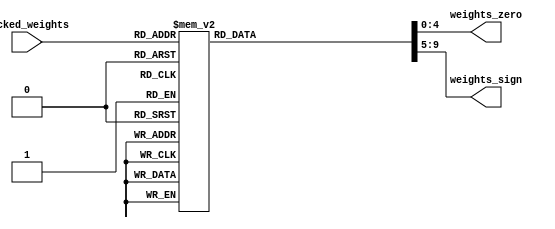
module weights(input      [7:0] packed_weights,
                              output reg [4:0] weights_zero,
                              output reg [4:0] weights_sign);
    always @(*) begin
        case(packed_weights)
        8'd000: begin weights_zero = 5'b11111; weights_sign = 5'b00000; end //   0  0  0  0  0
        8'd001: begin weights_zero = 5'b01111; weights_sign = 5'b00000; end //   0  0  0  0  1
        8'd002: begin weights_zero = 5'b01111; weights_sign = 5'b10000; end //   0  0  0  0 -1
        8'd003: begin weights_zero = 5'b10111; weights_sign = 5'b00000; end //   0  0  0  1  0
        8'd004: begin weights_zero = 5'b00111; weights_sign = 5'b00000; end //   0  0  0  1  1
        8'd005: begin weights_zero = 5'b00111; weights_sign = 5'b10000; end //   0  0  0  1 -1
        8'd006: begin weights_zero = 5'b10111; weights_sign = 5'b01000; end //   0  0  0 -1  0
        8'd007: begin weights_zero = 5'b00111; weights_sign = 5'b01000; end //   0  0  0 -1  1
        8'd008: begin weights_zero = 5'b00111; weights_sign = 5'b11000; end //   0  0  0 -1 -1
        8'd009: begin weights_zero = 5'b11011; weights_sign = 5'b00000; end //   0  0  1  0  0
        8'd010: begin weights_zero = 5'b01011; weights_sign = 5'b00000; end //   0  0  1  0  1
        8'd011: begin weights_zero = 5'b01011; weights_sign = 5'b10000; end //   0  0  1  0 -1
        8'd012: begin weights_zero = 5'b10011; weights_sign = 5'b00000; end //   0  0  1  1  0
        8'd013: begin weights_zero = 5'b00011; weights_sign = 5'b00000; end //   0  0  1  1  1
        8'd014: begin weights_zero = 5'b00011; weights_sign = 5'b10000; end //   0  0  1  1 -1
        8'd015: begin weights_zero = 5'b10011; weights_sign = 5'b01000; end //   0  0  1 -1  0
        8'd016: begin weights_zero = 5'b00011; weights_sign = 5'b01000; end //   0  0  1 -1  1
        8'd017: begin weights_zero = 5'b00011; weights_sign = 5'b11000; end //   0  0  1 -1 -1
        8'd018: begin weights_zero = 5'b11011; weights_sign = 5'b00100; end //   0  0 -1  0  0
        8'd019: begin weights_zero = 5'b01011; weights_sign = 5'b00100; end //   0  0 -1  0  1
        8'd020: begin weights_zero = 5'b01011; weights_sign = 5'b10100; end //   0  0 -1  0 -1
        8'd021: begin weights_zero = 5'b10011; weights_sign = 5'b00100; end //   0  0 -1  1  0
        8'd022: begin weights_zero = 5'b00011; weights_sign = 5'b00100; end //   0  0 -1  1  1
        8'd023: begin weights_zero = 5'b00011; weights_sign = 5'b10100; end //   0  0 -1  1 -1
        8'd024: begin weights_zero = 5'b10011; weights_sign = 5'b01100; end //   0  0 -1 -1  0
        8'd025: begin weights_zero = 5'b00011; weights_sign = 5'b01100; end //   0  0 -1 -1  1
        8'd026: begin weights_zero = 5'b00011; weights_sign = 5'b11100; end //   0  0 -1 -1 -1
        8'd027: begin weights_zero = 5'b11101; weights_sign = 5'b00000; end //   0  1  0  0  0
        8'd028: begin weights_zero = 5'b01101; weights_sign = 5'b00000; end //   0  1  0  0  1
        8'd029: begin weights_zero = 5'b01101; weights_sign = 5'b10000; end //   0  1  0  0 -1
        8'd030: begin weights_zero = 5'b10101; weights_sign = 5'b00000; end //   0  1  0  1  0
        8'd031: begin weights_zero = 5'b00101; weights_sign = 5'b00000; end //   0  1  0  1  1
        8'd032: begin weights_zero = 5'b00101; weights_sign = 5'b10000; end //   0  1  0  1 -1
        8'd033: begin weights_zero = 5'b10101; weights_sign = 5'b01000; end //   0  1  0 -1  0
        8'd034: begin weights_zero = 5'b00101; weights_sign = 5'b01000; end //   0  1  0 -1  1
        8'd035: begin weights_zero = 5'b00101; weights_sign = 5'b11000; end //   0  1  0 -1 -1
        8'd036: begin weights_zero = 5'b11001; weights_sign = 5'b00000; end //   0  1  1  0  0
        8'd037: begin weights_zero = 5'b01001; weights_sign = 5'b00000; end //   0  1  1  0  1
        8'd038: begin weights_zero = 5'b01001; weights_sign = 5'b10000; end //   0  1  1  0 -1
        8'd039: begin weights_zero = 5'b10001; weights_sign = 5'b00000; end //   0  1  1  1  0
        8'd040: begin weights_zero = 5'b00001; weights_sign = 5'b00000; end //   0  1  1  1  1
        8'd041: begin weights_zero = 5'b00001; weights_sign = 5'b10000; end //   0  1  1  1 -1
        8'd042: begin weights_zero = 5'b10001; weights_sign = 5'b01000; end //   0  1  1 -1  0
        8'd043: begin weights_zero = 5'b00001; weights_sign = 5'b01000; end //   0  1  1 -1  1
        8'd044: begin weights_zero = 5'b00001; weights_sign = 5'b11000; end //   0  1  1 -1 -1
        8'd045: begin weights_zero = 5'b11001; weights_sign = 5'b00100; end //   0  1 -1  0  0
        8'd046: begin weights_zero = 5'b01001; weights_sign = 5'b00100; end //   0  1 -1  0  1
        8'd047: begin weights_zero = 5'b01001; weights_sign = 5'b10100; end //   0  1 -1  0 -1
        8'd048: begin weights_zero = 5'b10001; weights_sign = 5'b00100; end //   0  1 -1  1  0
        8'd049: begin weights_zero = 5'b00001; weights_sign = 5'b00100; end //   0  1 -1  1  1
        8'd050: begin weights_zero = 5'b00001; weights_sign = 5'b10100; end //   0  1 -1  1 -1
        8'd051: begin weights_zero = 5'b10001; weights_sign = 5'b01100; end //   0  1 -1 -1  0
        8'd052: begin weights_zero = 5'b00001; weights_sign = 5'b01100; end //   0  1 -1 -1  1
        8'd053: begin weights_zero = 5'b00001; weights_sign = 5'b11100; end //   0  1 -1 -1 -1
        8'd054: begin weights_zero = 5'b11101; weights_sign = 5'b00010; end //   0 -1  0  0  0
        8'd055: begin weights_zero = 5'b01101; weights_sign = 5'b00010; end //   0 -1  0  0  1
        8'd056: begin weights_zero = 5'b01101; weights_sign = 5'b10010; end //   0 -1  0  0 -1
        8'd057: begin weights_zero = 5'b10101; weights_sign = 5'b00010; end //   0 -1  0  1  0
        8'd058: begin weights_zero = 5'b00101; weights_sign = 5'b00010; end //   0 -1  0  1  1
        8'd059: begin weights_zero = 5'b00101; weights_sign = 5'b10010; end //   0 -1  0  1 -1
        8'd060: begin weights_zero = 5'b10101; weights_sign = 5'b01010; end //   0 -1  0 -1  0
        8'd061: begin weights_zero = 5'b00101; weights_sign = 5'b01010; end //   0 -1  0 -1  1
        8'd062: begin weights_zero = 5'b00101; weights_sign = 5'b11010; end //   0 -1  0 -1 -1
        8'd063: begin weights_zero = 5'b11001; weights_sign = 5'b00010; end //   0 -1  1  0  0
        8'd064: begin weights_zero = 5'b01001; weights_sign = 5'b00010; end //   0 -1  1  0  1
        8'd065: begin weights_zero = 5'b01001; weights_sign = 5'b10010; end //   0 -1  1  0 -1
        8'd066: begin weights_zero = 5'b10001; weights_sign = 5'b00010; end //   0 -1  1  1  0
        8'd067: begin weights_zero = 5'b00001; weights_sign = 5'b00010; end //   0 -1  1  1  1
        8'd068: begin weights_zero = 5'b00001; weights_sign = 5'b10010; end //   0 -1  1  1 -1
        8'd069: begin weights_zero = 5'b10001; weights_sign = 5'b01010; end //   0 -1  1 -1  0
        8'd070: begin weights_zero = 5'b00001; weights_sign = 5'b01010; end //   0 -1  1 -1  1
        8'd071: begin weights_zero = 5'b00001; weights_sign = 5'b11010; end //   0 -1  1 -1 -1
        8'd072: begin weights_zero = 5'b11001; weights_sign = 5'b00110; end //   0 -1 -1  0  0
        8'd073: begin weights_zero = 5'b01001; weights_sign = 5'b00110; end //   0 -1 -1  0  1
        8'd074: begin weights_zero = 5'b01001; weights_sign = 5'b10110; end //   0 -1 -1  0 -1
        8'd075: begin weights_zero = 5'b10001; weights_sign = 5'b00110; end //   0 -1 -1  1  0
        8'd076: begin weights_zero = 5'b00001; weights_sign = 5'b00110; end //   0 -1 -1  1  1
        8'd077: begin weights_zero = 5'b00001; weights_sign = 5'b10110; end //   0 -1 -1  1 -1
        8'd078: begin weights_zero = 5'b10001; weights_sign = 5'b01110; end //   0 -1 -1 -1  0
        8'd079: begin weights_zero = 5'b00001; weights_sign = 5'b01110; end //   0 -1 -1 -1  1
        8'd080: begin weights_zero = 5'b00001; weights_sign = 5'b11110; end //   0 -1 -1 -1 -1
        8'd081: begin weights_zero = 5'b11110; weights_sign = 5'b00000; end //   1  0  0  0  0
        8'd082: begin weights_zero = 5'b01110; weights_sign = 5'b00000; end //   1  0  0  0  1
        8'd083: begin weights_zero = 5'b01110; weights_sign = 5'b10000; end //   1  0  0  0 -1
        8'd084: begin weights_zero = 5'b10110; weights_sign = 5'b00000; end //   1  0  0  1  0
        8'd085: begin weights_zero = 5'b00110; weights_sign = 5'b00000; end //   1  0  0  1  1
        8'd086: begin weights_zero = 5'b00110; weights_sign = 5'b10000; end //   1  0  0  1 -1
        8'd087: begin weights_zero = 5'b10110; weights_sign = 5'b01000; end //   1  0  0 -1  0
        8'd088: begin weights_zero = 5'b00110; weights_sign = 5'b01000; end //   1  0  0 -1  1
        8'd089: begin weights_zero = 5'b00110; weights_sign = 5'b11000; end //   1  0  0 -1 -1
        8'd090: begin weights_zero = 5'b11010; weights_sign = 5'b00000; end //   1  0  1  0  0
        8'd091: begin weights_zero = 5'b01010; weights_sign = 5'b00000; end //   1  0  1  0  1
        8'd092: begin weights_zero = 5'b01010; weights_sign = 5'b10000; end //   1  0  1  0 -1
        8'd093: begin weights_zero = 5'b10010; weights_sign = 5'b00000; end //   1  0  1  1  0
        8'd094: begin weights_zero = 5'b00010; weights_sign = 5'b00000; end //   1  0  1  1  1
        8'd095: begin weights_zero = 5'b00010; weights_sign = 5'b10000; end //   1  0  1  1 -1
        8'd096: begin weights_zero = 5'b10010; weights_sign = 5'b01000; end //   1  0  1 -1  0
        8'd097: begin weights_zero = 5'b00010; weights_sign = 5'b01000; end //   1  0  1 -1  1
        8'd098: begin weights_zero = 5'b00010; weights_sign = 5'b11000; end //   1  0  1 -1 -1
        8'd099: begin weights_zero = 5'b11010; weights_sign = 5'b00100; end //   1  0 -1  0  0
        8'd100: begin weights_zero = 5'b01010; weights_sign = 5'b00100; end //   1  0 -1  0  1
        8'd101: begin weights_zero = 5'b01010; weights_sign = 5'b10100; end //   1  0 -1  0 -1
        8'd102: begin weights_zero = 5'b10010; weights_sign = 5'b00100; end //   1  0 -1  1  0
        8'd103: begin weights_zero = 5'b00010; weights_sign = 5'b00100; end //   1  0 -1  1  1
        8'd104: begin weights_zero = 5'b00010; weights_sign = 5'b10100; end //   1  0 -1  1 -1
        8'd105: begin weights_zero = 5'b10010; weights_sign = 5'b01100; end //   1  0 -1 -1  0
        8'd106: begin weights_zero = 5'b00010; weights_sign = 5'b01100; end //   1  0 -1 -1  1
        8'd107: begin weights_zero = 5'b00010; weights_sign = 5'b11100; end //   1  0 -1 -1 -1
        8'd108: begin weights_zero = 5'b11100; weights_sign = 5'b00000; end //   1  1  0  0  0
        8'd109: begin weights_zero = 5'b01100; weights_sign = 5'b00000; end //   1  1  0  0  1
        8'd110: begin weights_zero = 5'b01100; weights_sign = 5'b10000; end //   1  1  0  0 -1
        8'd111: begin weights_zero = 5'b10100; weights_sign = 5'b00000; end //   1  1  0  1  0
        8'd112: begin weights_zero = 5'b00100; weights_sign = 5'b00000; end //   1  1  0  1  1
        8'd113: begin weights_zero = 5'b00100; weights_sign = 5'b10000; end //   1  1  0  1 -1
        8'd114: begin weights_zero = 5'b10100; weights_sign = 5'b01000; end //   1  1  0 -1  0
        8'd115: begin weights_zero = 5'b00100; weights_sign = 5'b01000; end //   1  1  0 -1  1
        8'd116: begin weights_zero = 5'b00100; weights_sign = 5'b11000; end //   1  1  0 -1 -1
        8'd117: begin weights_zero = 5'b11000; weights_sign = 5'b00000; end //   1  1  1  0  0
        8'd118: begin weights_zero = 5'b01000; weights_sign = 5'b00000; end //   1  1  1  0  1
        8'd119: begin weights_zero = 5'b01000; weights_sign = 5'b10000; end //   1  1  1  0 -1
        8'd120: begin weights_zero = 5'b10000; weights_sign = 5'b00000; end //   1  1  1  1  0
        8'd121: begin weights_zero = 5'b00000; weights_sign = 5'b00000; end //   1  1  1  1  1
        8'd122: begin weights_zero = 5'b00000; weights_sign = 5'b10000; end //   1  1  1  1 -1
        8'd123: begin weights_zero = 5'b10000; weights_sign = 5'b01000; end //   1  1  1 -1  0
        8'd124: begin weights_zero = 5'b00000; weights_sign = 5'b01000; end //   1  1  1 -1  1
        8'd125: begin weights_zero = 5'b00000; weights_sign = 5'b11000; end //   1  1  1 -1 -1
        8'd126: begin weights_zero = 5'b11000; weights_sign = 5'b00100; end //   1  1 -1  0  0
        8'd127: begin weights_zero = 5'b01000; weights_sign = 5'b00100; end //   1  1 -1  0  1
        8'd128: begin weights_zero = 5'b01000; weights_sign = 5'b10100; end //   1  1 -1  0 -1
        8'd129: begin weights_zero = 5'b10000; weights_sign = 5'b00100; end //   1  1 -1  1  0
        8'd130: begin weights_zero = 5'b00000; weights_sign = 5'b00100; end //   1  1 -1  1  1
        8'd131: begin weights_zero = 5'b00000; weights_sign = 5'b10100; end //   1  1 -1  1 -1
        8'd132: begin weights_zero = 5'b10000; weights_sign = 5'b01100; end //   1  1 -1 -1  0
        8'd133: begin weights_zero = 5'b00000; weights_sign = 5'b01100; end //   1  1 -1 -1  1
        8'd134: begin weights_zero = 5'b00000; weights_sign = 5'b11100; end //   1  1 -1 -1 -1
        8'd135: begin weights_zero = 5'b11100; weights_sign = 5'b00010; end //   1 -1  0  0  0
        8'd136: begin weights_zero = 5'b01100; weights_sign = 5'b00010; end //   1 -1  0  0  1
        8'd137: begin weights_zero = 5'b01100; weights_sign = 5'b10010; end //   1 -1  0  0 -1
        8'd138: begin weights_zero = 5'b10100; weights_sign = 5'b00010; end //   1 -1  0  1  0
        8'd139: begin weights_zero = 5'b00100; weights_sign = 5'b00010; end //   1 -1  0  1  1
        8'd140: begin weights_zero = 5'b00100; weights_sign = 5'b10010; end //   1 -1  0  1 -1
        8'd141: begin weights_zero = 5'b10100; weights_sign = 5'b01010; end //   1 -1  0 -1  0
        8'd142: begin weights_zero = 5'b00100; weights_sign = 5'b01010; end //   1 -1  0 -1  1
        8'd143: begin weights_zero = 5'b00100; weights_sign = 5'b11010; end //   1 -1  0 -1 -1
        8'd144: begin weights_zero = 5'b11000; weights_sign = 5'b00010; end //   1 -1  1  0  0
        8'd145: begin weights_zero = 5'b01000; weights_sign = 5'b00010; end //   1 -1  1  0  1
        8'd146: begin weights_zero = 5'b01000; weights_sign = 5'b10010; end //   1 -1  1  0 -1
        8'd147: begin weights_zero = 5'b10000; weights_sign = 5'b00010; end //   1 -1  1  1  0
        8'd148: begin weights_zero = 5'b00000; weights_sign = 5'b00010; end //   1 -1  1  1  1
        8'd149: begin weights_zero = 5'b00000; weights_sign = 5'b10010; end //   1 -1  1  1 -1
        8'd150: begin weights_zero = 5'b10000; weights_sign = 5'b01010; end //   1 -1  1 -1  0
        8'd151: begin weights_zero = 5'b00000; weights_sign = 5'b01010; end //   1 -1  1 -1  1
        8'd152: begin weights_zero = 5'b00000; weights_sign = 5'b11010; end //   1 -1  1 -1 -1
        8'd153: begin weights_zero = 5'b11000; weights_sign = 5'b00110; end //   1 -1 -1  0  0
        8'd154: begin weights_zero = 5'b01000; weights_sign = 5'b00110; end //   1 -1 -1  0  1
        8'd155: begin weights_zero = 5'b01000; weights_sign = 5'b10110; end //   1 -1 -1  0 -1
        8'd156: begin weights_zero = 5'b10000; weights_sign = 5'b00110; end //   1 -1 -1  1  0
        8'd157: begin weights_zero = 5'b00000; weights_sign = 5'b00110; end //   1 -1 -1  1  1
        8'd158: begin weights_zero = 5'b00000; weights_sign = 5'b10110; end //   1 -1 -1  1 -1
        8'd159: begin weights_zero = 5'b10000; weights_sign = 5'b01110; end //   1 -1 -1 -1  0
        8'd160: begin weights_zero = 5'b00000; weights_sign = 5'b01110; end //   1 -1 -1 -1  1
        8'd161: begin weights_zero = 5'b00000; weights_sign = 5'b11110; end //   1 -1 -1 -1 -1
        8'd162: begin weights_zero = 5'b11110; weights_sign = 5'b00001; end //  -1  0  0  0  0
        8'd163: begin weights_zero = 5'b01110; weights_sign = 5'b00001; end //  -1  0  0  0  1
        8'd164: begin weights_zero = 5'b01110; weights_sign = 5'b10001; end //  -1  0  0  0 -1
        8'd165: begin weights_zero = 5'b10110; weights_sign = 5'b00001; end //  -1  0  0  1  0
        8'd166: begin weights_zero = 5'b00110; weights_sign = 5'b00001; end //  -1  0  0  1  1
        8'd167: begin weights_zero = 5'b00110; weights_sign = 5'b10001; end //  -1  0  0  1 -1
        8'd168: begin weights_zero = 5'b10110; weights_sign = 5'b01001; end //  -1  0  0 -1  0
        8'd169: begin weights_zero = 5'b00110; weights_sign = 5'b01001; end //  -1  0  0 -1  1
        8'd170: begin weights_zero = 5'b00110; weights_sign = 5'b11001; end //  -1  0  0 -1 -1
        8'd171: begin weights_zero = 5'b11010; weights_sign = 5'b00001; end //  -1  0  1  0  0
        8'd172: begin weights_zero = 5'b01010; weights_sign = 5'b00001; end //  -1  0  1  0  1
        8'd173: begin weights_zero = 5'b01010; weights_sign = 5'b10001; end //  -1  0  1  0 -1
        8'd174: begin weights_zero = 5'b10010; weights_sign = 5'b00001; end //  -1  0  1  1  0
        8'd175: begin weights_zero = 5'b00010; weights_sign = 5'b00001; end //  -1  0  1  1  1
        8'd176: begin weights_zero = 5'b00010; weights_sign = 5'b10001; end //  -1  0  1  1 -1
        8'd177: begin weights_zero = 5'b10010; weights_sign = 5'b01001; end //  -1  0  1 -1  0
        8'd178: begin weights_zero = 5'b00010; weights_sign = 5'b01001; end //  -1  0  1 -1  1
        8'd179: begin weights_zero = 5'b00010; weights_sign = 5'b11001; end //  -1  0  1 -1 -1
        8'd180: begin weights_zero = 5'b11010; weights_sign = 5'b00101; end //  -1  0 -1  0  0
        8'd181: begin weights_zero = 5'b01010; weights_sign = 5'b00101; end //  -1  0 -1  0  1
        8'd182: begin weights_zero = 5'b01010; weights_sign = 5'b10101; end //  -1  0 -1  0 -1
        8'd183: begin weights_zero = 5'b10010; weights_sign = 5'b00101; end //  -1  0 -1  1  0
        8'd184: begin weights_zero = 5'b00010; weights_sign = 5'b00101; end //  -1  0 -1  1  1
        8'd185: begin weights_zero = 5'b00010; weights_sign = 5'b10101; end //  -1  0 -1  1 -1
        8'd186: begin weights_zero = 5'b10010; weights_sign = 5'b01101; end //  -1  0 -1 -1  0
        8'd187: begin weights_zero = 5'b00010; weights_sign = 5'b01101; end //  -1  0 -1 -1  1
        8'd188: begin weights_zero = 5'b00010; weights_sign = 5'b11101; end //  -1  0 -1 -1 -1
        8'd189: begin weights_zero = 5'b11100; weights_sign = 5'b00001; end //  -1  1  0  0  0
        8'd190: begin weights_zero = 5'b01100; weights_sign = 5'b00001; end //  -1  1  0  0  1
        8'd191: begin weights_zero = 5'b01100; weights_sign = 5'b10001; end //  -1  1  0  0 -1
        8'd192: begin weights_zero = 5'b10100; weights_sign = 5'b00001; end //  -1  1  0  1  0
        8'd193: begin weights_zero = 5'b00100; weights_sign = 5'b00001; end //  -1  1  0  1  1
        8'd194: begin weights_zero = 5'b00100; weights_sign = 5'b10001; end //  -1  1  0  1 -1
        8'd195: begin weights_zero = 5'b10100; weights_sign = 5'b01001; end //  -1  1  0 -1  0
        8'd196: begin weights_zero = 5'b00100; weights_sign = 5'b01001; end //  -1  1  0 -1  1
        8'd197: begin weights_zero = 5'b00100; weights_sign = 5'b11001; end //  -1  1  0 -1 -1
        8'd198: begin weights_zero = 5'b11000; weights_sign = 5'b00001; end //  -1  1  1  0  0
        8'd199: begin weights_zero = 5'b01000; weights_sign = 5'b00001; end //  -1  1  1  0  1
        8'd200: begin weights_zero = 5'b01000; weights_sign = 5'b10001; end //  -1  1  1  0 -1
        8'd201: begin weights_zero = 5'b10000; weights_sign = 5'b00001; end //  -1  1  1  1  0
        8'd202: begin weights_zero = 5'b00000; weights_sign = 5'b00001; end //  -1  1  1  1  1
        8'd203: begin weights_zero = 5'b00000; weights_sign = 5'b10001; end //  -1  1  1  1 -1
        8'd204: begin weights_zero = 5'b10000; weights_sign = 5'b01001; end //  -1  1  1 -1  0
        8'd205: begin weights_zero = 5'b00000; weights_sign = 5'b01001; end //  -1  1  1 -1  1
        8'd206: begin weights_zero = 5'b00000; weights_sign = 5'b11001; end //  -1  1  1 -1 -1
        8'd207: begin weights_zero = 5'b11000; weights_sign = 5'b00101; end //  -1  1 -1  0  0
        8'd208: begin weights_zero = 5'b01000; weights_sign = 5'b00101; end //  -1  1 -1  0  1
        8'd209: begin weights_zero = 5'b01000; weights_sign = 5'b10101; end //  -1  1 -1  0 -1
        8'd210: begin weights_zero = 5'b10000; weights_sign = 5'b00101; end //  -1  1 -1  1  0
        8'd211: begin weights_zero = 5'b00000; weights_sign = 5'b00101; end //  -1  1 -1  1  1
        8'd212: begin weights_zero = 5'b00000; weights_sign = 5'b10101; end //  -1  1 -1  1 -1
        8'd213: begin weights_zero = 5'b10000; weights_sign = 5'b01101; end //  -1  1 -1 -1  0
        8'd214: begin weights_zero = 5'b00000; weights_sign = 5'b01101; end //  -1  1 -1 -1  1
        8'd215: begin weights_zero = 5'b00000; weights_sign = 5'b11101; end //  -1  1 -1 -1 -1
        8'd216: begin weights_zero = 5'b11100; weights_sign = 5'b00011; end //  -1 -1  0  0  0
        8'd217: begin weights_zero = 5'b01100; weights_sign = 5'b00011; end //  -1 -1  0  0  1
        8'd218: begin weights_zero = 5'b01100; weights_sign = 5'b10011; end //  -1 -1  0  0 -1
        8'd219: begin weights_zero = 5'b10100; weights_sign = 5'b00011; end //  -1 -1  0  1  0
        8'd220: begin weights_zero = 5'b00100; weights_sign = 5'b00011; end //  -1 -1  0  1  1
        8'd221: begin weights_zero = 5'b00100; weights_sign = 5'b10011; end //  -1 -1  0  1 -1
        8'd222: begin weights_zero = 5'b10100; weights_sign = 5'b01011; end //  -1 -1  0 -1  0
        8'd223: begin weights_zero = 5'b00100; weights_sign = 5'b01011; end //  -1 -1  0 -1  1
        8'd224: begin weights_zero = 5'b00100; weights_sign = 5'b11011; end //  -1 -1  0 -1 -1
        8'd225: begin weights_zero = 5'b11000; weights_sign = 5'b00011; end //  -1 -1  1  0  0
        8'd226: begin weights_zero = 5'b01000; weights_sign = 5'b00011; end //  -1 -1  1  0  1
        8'd227: begin weights_zero = 5'b01000; weights_sign = 5'b10011; end //  -1 -1  1  0 -1
        8'd228: begin weights_zero = 5'b10000; weights_sign = 5'b00011; end //  -1 -1  1  1  0
        8'd229: begin weights_zero = 5'b00000; weights_sign = 5'b00011; end //  -1 -1  1  1  1
        8'd230: begin weights_zero = 5'b00000; weights_sign = 5'b10011; end //  -1 -1  1  1 -1
        8'd231: begin weights_zero = 5'b10000; weights_sign = 5'b01011; end //  -1 -1  1 -1  0
        8'd232: begin weights_zero = 5'b00000; weights_sign = 5'b01011; end //  -1 -1  1 -1  1
        8'd233: begin weights_zero = 5'b00000; weights_sign = 5'b11011; end //  -1 -1  1 -1 -1
        8'd234: begin weights_zero = 5'b11000; weights_sign = 5'b00111; end //  -1 -1 -1  0  0
        8'd235: begin weights_zero = 5'b01000; weights_sign = 5'b00111; end //  -1 -1 -1  0  1
        8'd236: begin weights_zero = 5'b01000; weights_sign = 5'b10111; end //  -1 -1 -1  0 -1
        8'd237: begin weights_zero = 5'b10000; weights_sign = 5'b00111; end //  -1 -1 -1  1  0
        8'd238: begin weights_zero = 5'b00000; weights_sign = 5'b00111; end //  -1 -1 -1  1  1
        8'd239: begin weights_zero = 5'b00000; weights_sign = 5'b10111; end //  -1 -1 -1  1 -1
        8'd240: begin weights_zero = 5'b10000; weights_sign = 5'b01111; end //  -1 -1 -1 -1  0
        8'd241: begin weights_zero = 5'b00000; weights_sign = 5'b01111; end //  -1 -1 -1 -1  1
        8'd242: begin weights_zero = 5'b00000; weights_sign = 5'b11111; end //  -1 -1 -1 -1 -1
        default: {weights_zero, weights_sign} = 10'b0; // Default case
        endcase
    end
endmodule